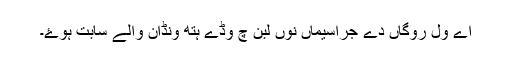
اے ول روگاں دے جراسیماں نوں لبن چ وڈے ہتھ ونڈان والے سابت ہوۓ۔